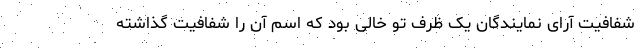
شفافیت آرای نمایندگان یک ظرف تو خالی بود که اسم آن را شفافیت گذاشته